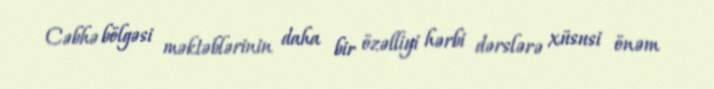
Cəbhə bölgəsi məktəblərinin daha bir özəlliyi hərbi dərslərə xüsusi önəm